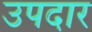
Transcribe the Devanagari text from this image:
उपदार